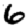
Digit: 6